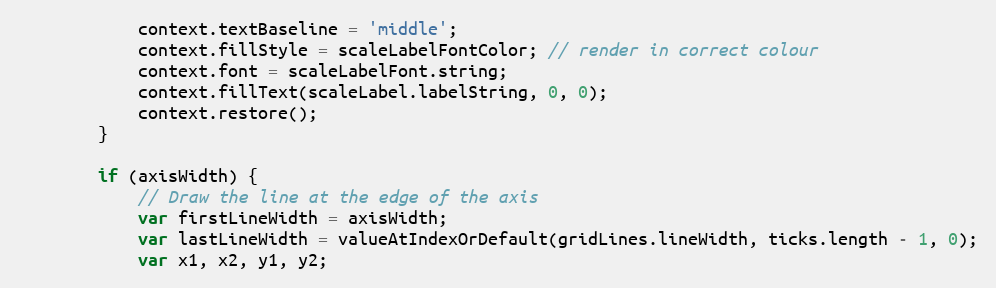
Language: JavaScript
			context.textBaseline = 'middle';
			context.fillStyle = scaleLabelFontColor; // render in correct colour
			context.font = scaleLabelFont.string;
			context.fillText(scaleLabel.labelString, 0, 0);
			context.restore();
		}

		if (axisWidth) {
			// Draw the line at the edge of the axis
			var firstLineWidth = axisWidth;
			var lastLineWidth = valueAtIndexOrDefault(gridLines.lineWidth, ticks.length - 1, 0);
			var x1, x2, y1, y2;